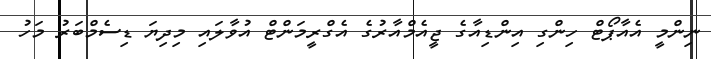
ނިންމީ އެއާޕޯޓް ހިންގި އިންޑިއާގެ ޖީއެމްއާރުގެ އެގްރީމަންޓް އުވާލައި މިދިޔަ ޑިސެމްބަރު މަހު